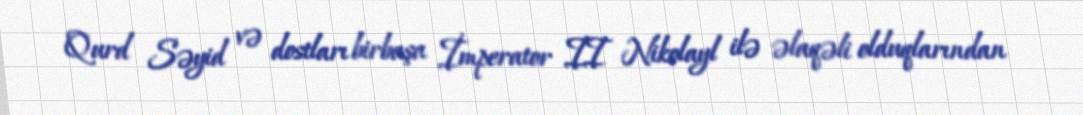
Qurd Səyid və dostları birbaşa İmperator II Nikolayl ilə əlaqəli olduqlarından